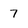
Character: 7